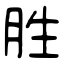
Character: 胜